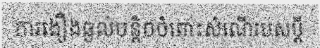
ការងឿងឆ្ងល់បន្តិចចំពោះសំណើរបស់ប្តី